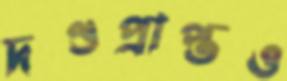
দণ্ডপ্রাপ্তও